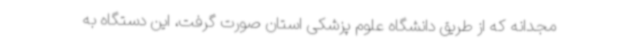
مجدانه که از طریق دانشگاه علوم پزشکی استان صورت گرفت، این دستگاه به